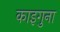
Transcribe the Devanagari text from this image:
काइगुना